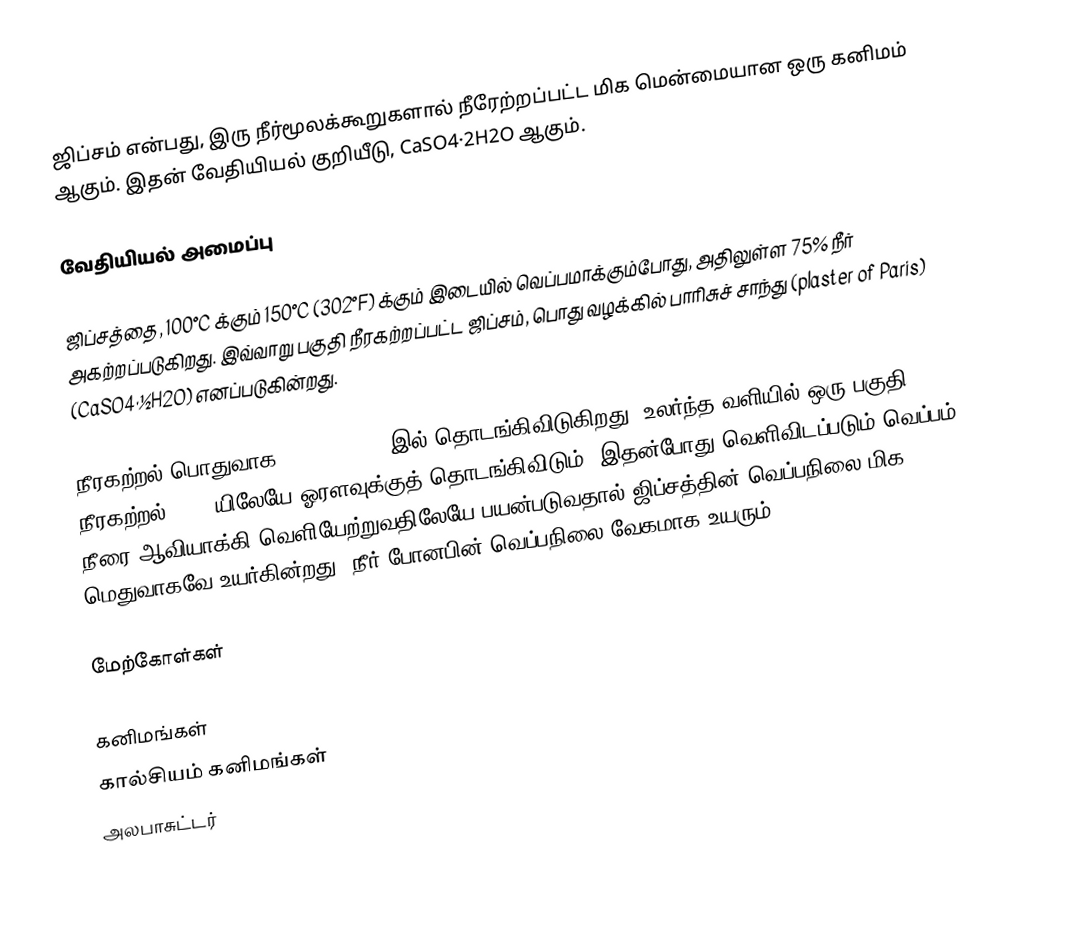
ஜிப்சம் என்பது, இரு நீர்மூலக்கூறுகளால் நீரேற்றப்பட்ட மிக மென்மையான ஒரு கனிமம் ஆகும். இதன் வேதியியல் குறியீடு, CaSO4·2H2O ஆகும்.

வேதியியல் அமைப்பு

ஜிப்சத்தை, 100°C க்கும் 150°C (302°F) க்கும் இடையில் வெப்பமாக்கும்போது, அதிலுள்ள 75% நீர் அகற்றப்படுகிறது. இவ்வாறு பகுதி நீரகற்றப்பட்ட ஜிப்சம், பொது வழக்கில் பாரிசுச் சாந்து (plaster of Paris) (CaSO4·½H2O) எனப்படுகின்றது.

நீரகற்றல் பொதுவாக 80°C (176°F) இல் தொடங்கிவிடுகிறது. உலர்ந்த வளியில் ஒரு பகுதி நீரகற்றல் 50°C யிலேயே ஓரளவுக்குத் தொடங்கிவிடும். இதன்போது வெளிவிடப்படும் வெப்பம், நீரை ஆவியாக்கி வெளியேற்றுவதிலேயே பயன்படுவதால் ஜிப்சத்தின் வெப்பநிலை மிக மெதுவாகவே உயர்கின்றது. நீர் போனபின் வெப்பநிலை வேகமாக உயரும்.

மேற்கோள்கள்

கனிமங்கள்
கால்சியம் கனிமங்கள்
அலபாசுட்டர்